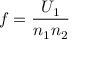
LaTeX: f = { \frac { U _ { 1 } } { n _ { 1 } n _ { 2 } } }